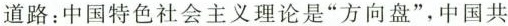
道路：中国特色社会主义理论是”方向盘”，中国共